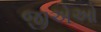
જીએઓ